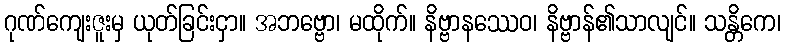
ဂုဏ်ကျေးဇူးမှ ယုတ်ခြင်းငှာ။ အဘဗ္ဗော၊ မထိုက်။ နိဗ္ဗာနဿေဝ၊ နိဗ္ဗာန်၏သာလျင်။ သန္တိကေ၊